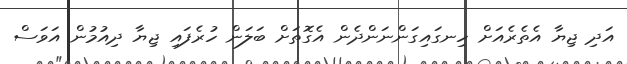
އަދި ޖިޔާ އެތެރެއަށް ހިނގައިގަންނަންދެން އެގޮތަށް ބަލަން ހުރެފައި ޖިޔާ ދިއުމުން އަވަސް